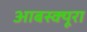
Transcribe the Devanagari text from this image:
आबस्क्यूरा